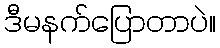
ဒီမနက်ပြောတာပဲ။